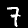
Digit: 7